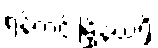
ရန်ကင်းမြို့နယ်ရှိ